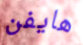
هايفن